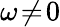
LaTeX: \omega\! \neq\! 0